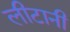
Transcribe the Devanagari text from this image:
लीटानी